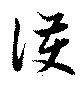
護